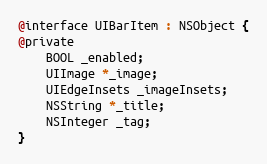
Language: C
@interface UIBarItem : NSObject {
@private
    BOOL _enabled;
    UIImage *_image;
    UIEdgeInsets _imageInsets;
    NSString *_title;
    NSInteger _tag;
}